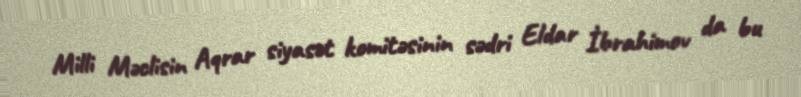
Milli Məclisin Aqrar siyasət komitəsinin sədri Eldar İbrahimov da bu